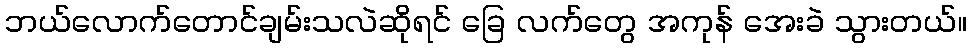
ဘယ်လောက်တောင်ချမ်းသလဲဆိုရင် ခြေ လက်တွေ အကုန် အေးခဲ သွားတယ်။